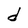
Character: d